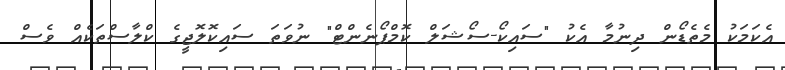
އެކަމަކު މެތެޑޯން ދިނުމާ އެކު "ސައިކޯ-ސޯޝަލް ކޮމްޕޯނެންޓް" ނުވަތަ ސައިކޮލޮޖީގެ ކްލާސްތަކެއް ވެސް